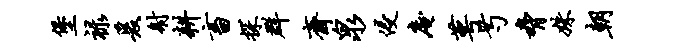
堡禄爰射耕畜探群斋泉侵庵萼芍胁姝朝